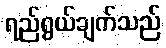
ရည်ရွယ်ချက်သည်